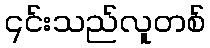
၎င်းသည်လူတစ်